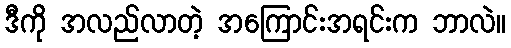
ဒီကို အလည်လာတဲ့ အကြောင်းအရင်းက ဘာလဲ။